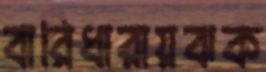
বারিধারায়ঝক